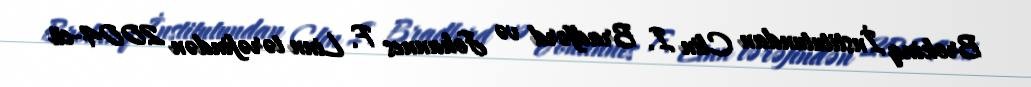
Brokinq İnstitutundan Clin I. Bradford və Johannes F. Linn tərəfindən 2004-cü